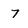
Character: 7